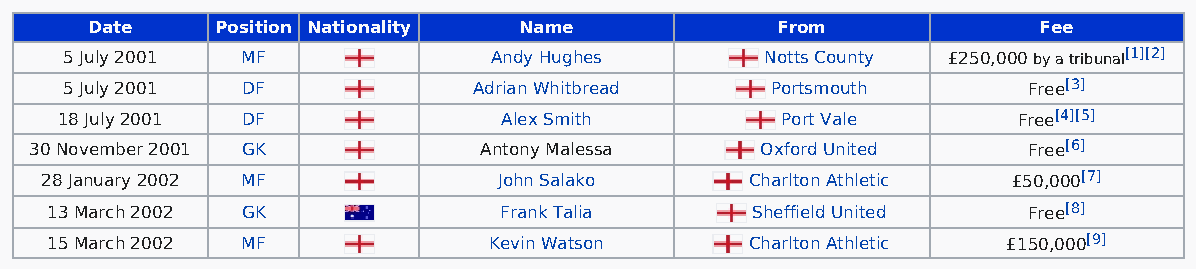
Date    Position Nationality Name            From              Fee
 5 July 2001 MF              Andy Hughes        Notts County £250,000 by a tribunal[1][2]
 5 July 2001 DF             Adrian Whitbread    Portsmouth       Free[3]
 18 July 2001 DF              Alex Smith         Port Vale      Free[4][5]
 30 November 2001 GK           Antony Malessa    Oxford United     Free[6]
 28 January 2002 MF            John Salako      Charlton Athletic £50,000[7]
 13 March 2002 GK              Frank Talia      Sheffield United  Free[8]
 15 March 2002 MF             Kevin Watson      Charlton Athletic £150,000[9]